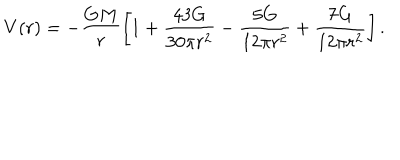
LaTeX: V ( r ) = - \frac { G M } { r } \left[ 1 + \frac { 4 3 G } { 3 0 \pi r ^ { 2 } } - \frac { 5 G } { 1 2 \pi r ^ { 2 } } + \frac { 7 G } { 1 2 \pi r ^ { 2 } } \right] .